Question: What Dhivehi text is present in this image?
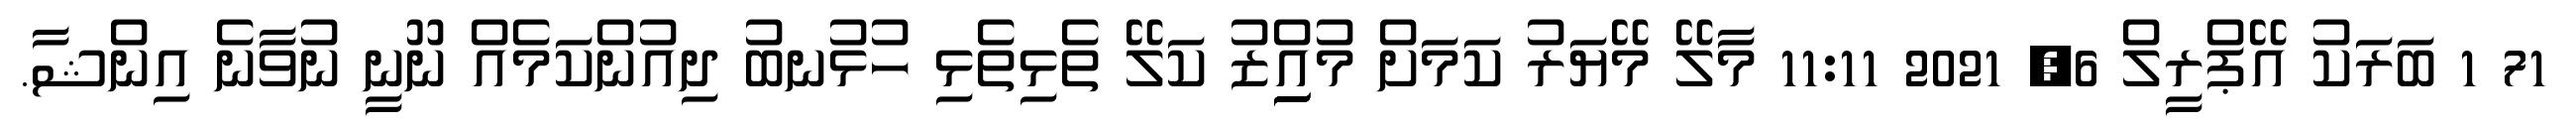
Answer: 71 1 ބަރަކު އޭޕްރީލް 6, 2021 11:11 މާލޭ މޭޔަރު ކަމަށް މުއިިިިިްޒު ކަލޭ ތެޅިތެޅި ހުޅުނބު ދިއުންކަމެއް ނޫނީ ނުވާނެ އިންޝާ.